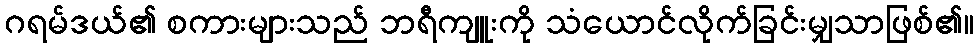
ဂရမ်ဒယ်၏ စကားများသည် ဘရီကျူးကို သံယောင်လိုက်ခြင်းမျှသာဖြစ်၏။